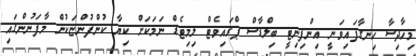
މިހާދިސާ ހިނގާފައިވަނީ އިންފިނިޓީ ބިލްޑާސް ޕްރައިވެޓް ލިމިޓެޑް ނަމަކަށް ކިޔާ ކުންފުންޏަކުން މާފަނުންގައި